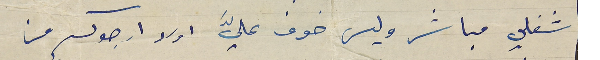
شغلي مباشر وليس خوف عليَّ اولا ارجوكم من